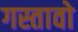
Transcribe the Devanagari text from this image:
गस्तावो